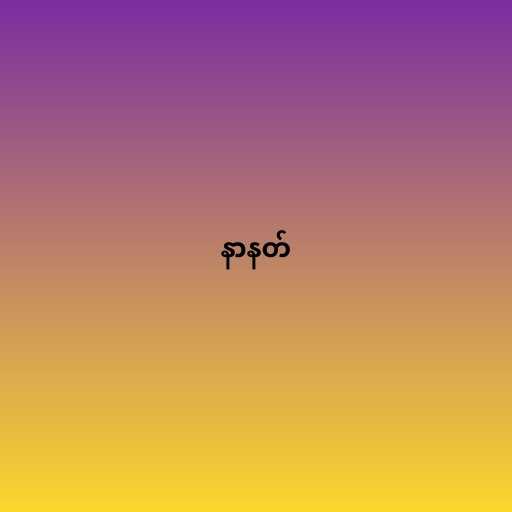
နာနတ်